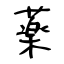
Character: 薬